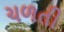
ચળતી